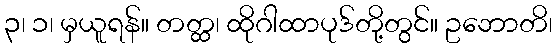
၃၊ ၁၊ မှယူရန်။ တတ္ထ၊ ထိုဂါထာပုဒ်တို့တွင်။ ဥဘောတိ၊